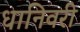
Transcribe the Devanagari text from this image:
धानिवरी